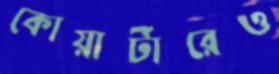
কোয়ার্টারেও